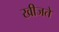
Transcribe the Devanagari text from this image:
खीजते